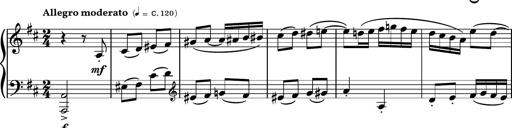
Title: Piano Sonatina No.4
Composer: Dimitri Sykias
Key: D major